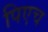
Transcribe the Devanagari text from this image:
पिएच